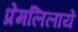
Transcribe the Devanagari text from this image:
प्रेमलिलायें